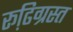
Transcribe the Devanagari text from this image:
रूढि़ग्रस्त